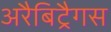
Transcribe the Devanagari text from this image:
अरैबिट्रैगस